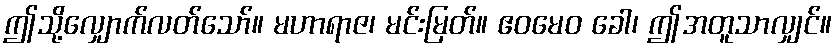
ဤသို့လျှောက်လတ်သော်။ မဟာရာဇ၊ မင်းမြတ်။ ဧဝမေဝ ခေါ၊ ဤအတူသာလျှင်။